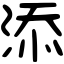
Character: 添